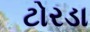
ટોરડા